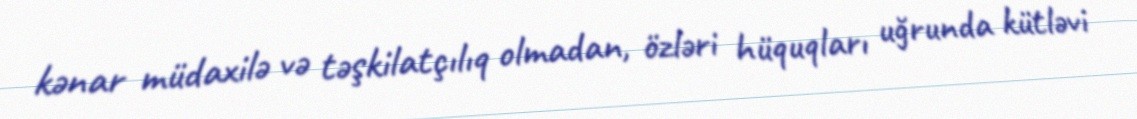
kənar müdaxilə və təşkilatçılıq olmadan, özləri hüquqları uğrunda kütləvi